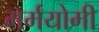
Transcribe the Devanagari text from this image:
मर्मयोगी